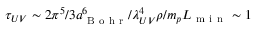
\tau _ { U V } \sim 2 \pi ^ { 5 } / 3 a _ { \mathrm { ~ B ~ o ~ h ~ r ~ } } ^ { 6 } / \lambda _ { U V } ^ { 4 } \rho / m _ { p } L _ { \mathrm { ~ m ~ i ~ n ~ } } \sim 1